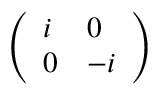
\left( \begin{array} { l l } { i } & { 0 } \\ { 0 } & { - i } \end{array} \right)